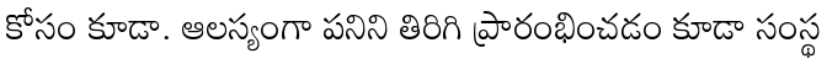
కోసం కూడా. ఆలస్యంగా పనిని తిరిగి ప్రారంభించడం కూడా సంస్థ